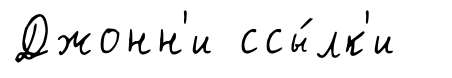
Джонн'и ссы́лк'и